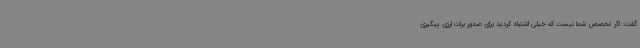
گفت: اگر تخصص شما نیست که خیلی اشتباه کردید برای صدور برات ارزی پیگیری